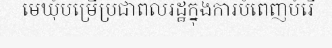
មេឃុំបម្រើប្រជាពលរដ្ឋក្នុងការបំពេញបំរើ